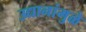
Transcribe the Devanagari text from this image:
उद्यानांमुळे